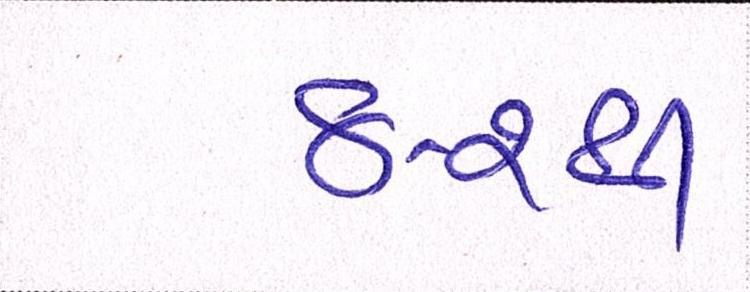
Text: ૪-૨થી